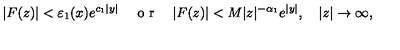
\vert F ( z ) \vert < \varepsilon _ { 1 } ( x ) e ^ { c _ { 1 } \vert y \vert } \quad \textrm { o r } \quad \vert F ( z ) \vert < M \vert z \vert ^ { - \alpha _ { 1 } } e ^ { \vert y \vert } , \quad \vert z \vert \to \infty ,